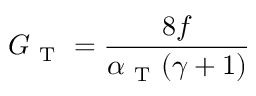
G _ { \mathrm { ~ T ~ } } = \frac { 8 f } { \alpha _ { \mathrm { ~ T ~ } } ( \gamma + 1 ) }